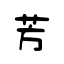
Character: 芳